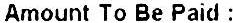
AMOUNT TO BE PAID :